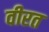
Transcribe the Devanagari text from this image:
वीरत